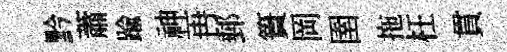
黔蕭踰神再郵簣岡圉拖枉貫